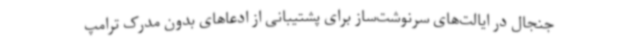
جنجال در ایالت‌های سرنوشت‌ساز برای پشتیبانی از ادعاهای بدون مدرک ترامپ